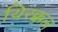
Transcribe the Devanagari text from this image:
थिरक्कल